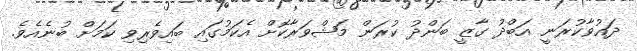
ދައުވާކުރަނީ އަބްދު ގާޒީ ބަންދު ކުރަން މަޝްވަރާކޮށް އެކަމުގައި ބައިވެރިވި ކަމަށް ބުނެއެވެ.